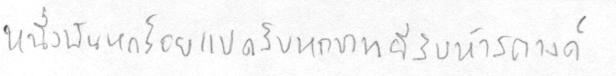
หนึ่งพันหกร้อยแปดสิบบหกบาทยี่สิบห้าสตางค์